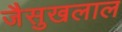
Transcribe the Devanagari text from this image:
जैसुखलाल